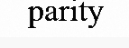
parity